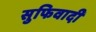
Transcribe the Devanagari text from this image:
सुफिवादी